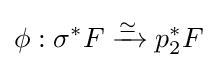
\phi :\sigma ^{*}F\xrightarrow {\simeq } p_{2}^{*}F